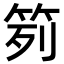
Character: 𥬭